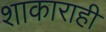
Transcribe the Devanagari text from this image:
शाकाराही